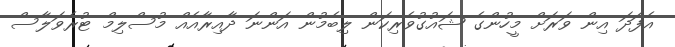
އެފަދަ އިން ވަރަށް މީހުންގެ ޝައުގުވެރިކަން ލިބެމުން އަންނަ ދާއިރާއެއް މުސްލިމް ޓުރެވަލާސް